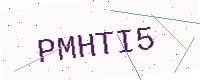
Text: PMHTI5